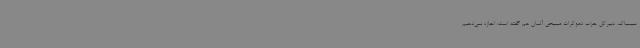
سیمیاک، دبیرکل حزب دموکرات مسیحی آلمان هم گفته است: اجازه نمی‌دهیم